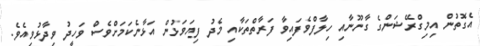
އެގޮތުން އިމިގްރޭޝަންގެ ގާނޫނާއި ހިލާފްވެފައިވާ ފަރާތްތަކާއި މެދު ފިޔަވަޅުން އަޅާނެކަމަށްވެސް ވަހީދު ވިދާޅުވިއެވެ.